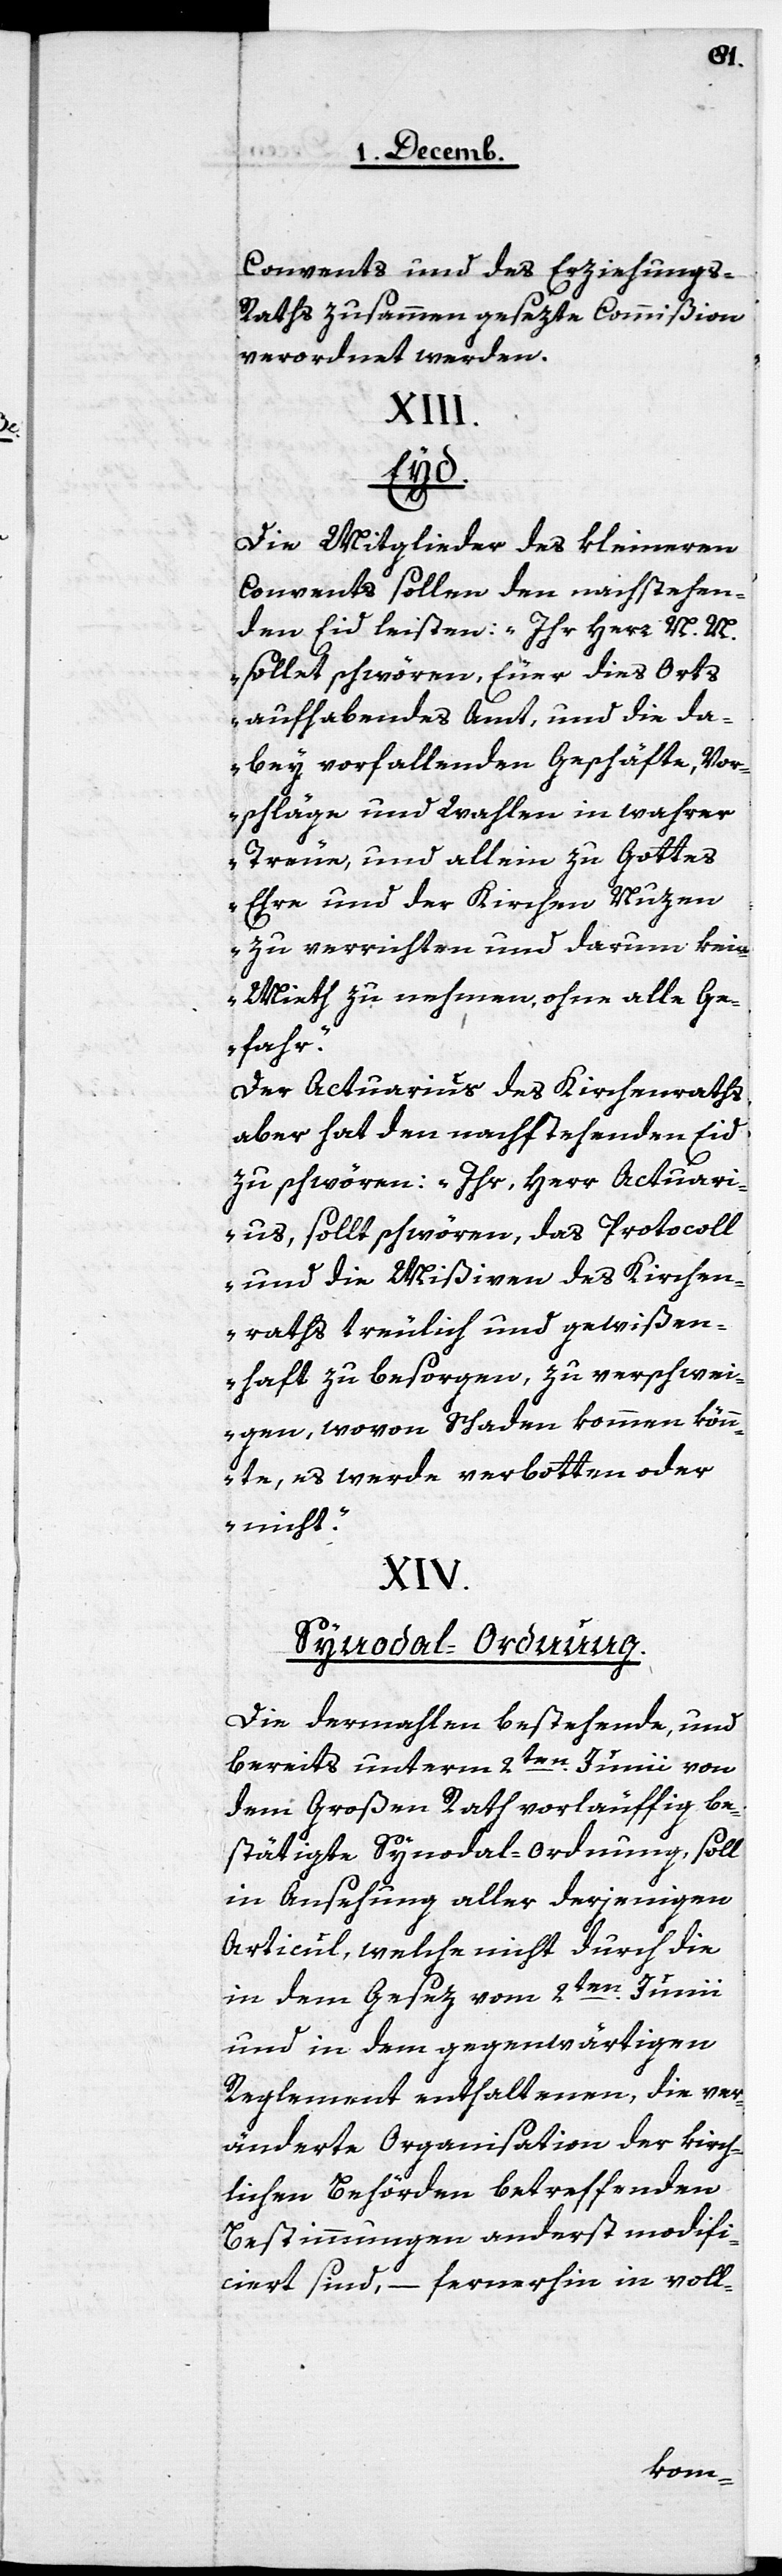
Convents und des Erziehungs-R¬
aths zusammen gesezte Commißion
verordnet werden.
XIII.
Eyd.
Die Mitglieder des kleineren
Convents sollen den nachstehen¬
den Eid leisten: „Ihr Herrn N. N.
sollet schwören, Euer dies Orts
aufhabendes Amt, und die da¬
bey vorfallenden Geschäfte, Vor¬
schläge und Wahlen in wahrer
Treue, und allein zu Gottes
Ehre und der Kirchen Nuzen
zu verrichten und darum kein
Mieth zu nehmen, ohne alle Ge¬
fahr.“
Der Actuarius des Kirchenraths
aber hat den nachstehenden Eid
zu schwören: „Ihr, Herr Actuari¬
us, sollt schwören, das Protocoll
und die Mißiven des Kirchen¬
raths treulich und gewißen¬
haft zu besorgen, zu verschwei¬
gen, wovon Schaden kommen könn¬
te, es werde verbotten oder
nicht.“
XIV.
Synodal-Ordnung.
Die dermahlen bestehende, und
bereits unterm 2ten. Junii von
dem Großen Rath vorläuffig be¬
stätigte Synodal-Ordnung , soll
in Ansehung aller derjenigen
Articul, welche nicht durch die
in dem Gesez vom 2ten. Junii
und in dem gegenwärtigen
Reglement enthaltenen, die ver¬
änderte Organisation der kirch¬
lichen Behörden betreffenden
Bestimmungen anderst modifi¬
ciert sind, – fernerhin in voll-